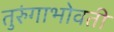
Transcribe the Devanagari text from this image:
तुरुंगाभोवती